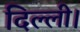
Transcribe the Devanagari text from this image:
दिल्‍ली।